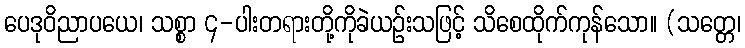
ပေဒုဝိညာပယေ၊ သစ္စာ ၄-ပါးတရားတို့ကိုခဲယဉ်းသဖြင့် သိစေထိုက်ကုန်သော။ (သတ္တေ၊